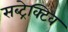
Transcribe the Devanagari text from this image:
सब्ट्रेक्टिव